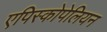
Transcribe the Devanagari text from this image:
एपिस्कोपेलियन